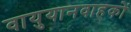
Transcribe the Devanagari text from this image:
वायुयानवाहकों